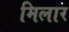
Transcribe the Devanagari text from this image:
मिलार